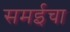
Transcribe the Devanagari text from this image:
समईचा